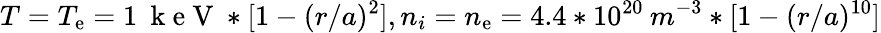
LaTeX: T=T_{\mathrm{e}}=1\: \mathrm{{~k~\mathrm{e}~V~}}*[1-(r/a)^{2}],n_{i}=n_{\mathrm{e}}=4.4*10^{20}\: m^{-3}*[1-(r/a)^{10}]